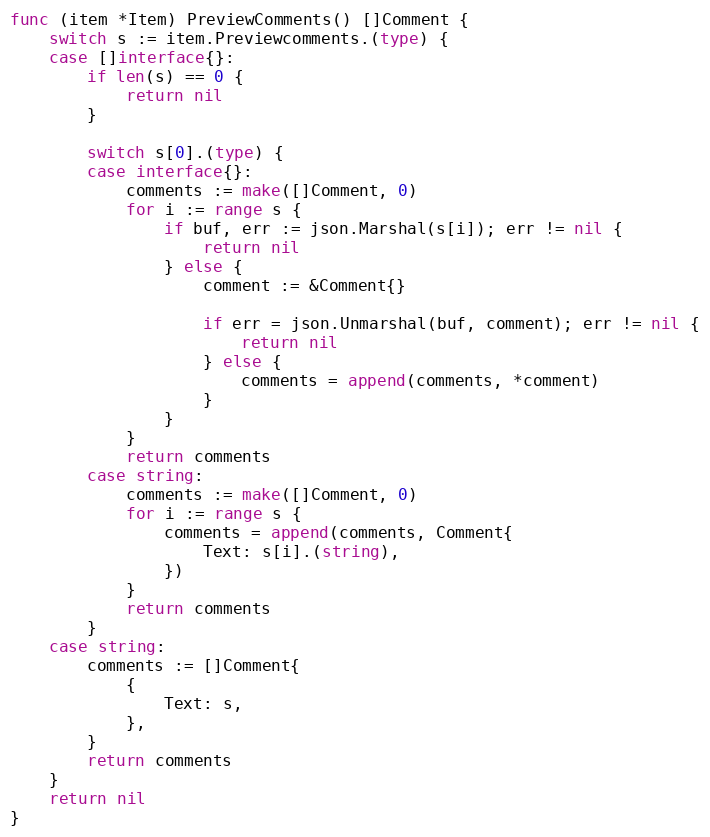
Language: Go
func (item *Item) PreviewComments() []Comment {
	switch s := item.Previewcomments.(type) {
	case []interface{}:
		if len(s) == 0 {
			return nil
		}

		switch s[0].(type) {
		case interface{}:
			comments := make([]Comment, 0)
			for i := range s {
				if buf, err := json.Marshal(s[i]); err != nil {
					return nil
				} else {
					comment := &Comment{}

					if err = json.Unmarshal(buf, comment); err != nil {
						return nil
					} else {
						comments = append(comments, *comment)
					}
				}
			}
			return comments
		case string:
			comments := make([]Comment, 0)
			for i := range s {
				comments = append(comments, Comment{
					Text: s[i].(string),
				})
			}
			return comments
		}
	case string:
		comments := []Comment{
			{
				Text: s,
			},
		}
		return comments
	}
	return nil
}